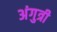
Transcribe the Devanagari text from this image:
अंगुत्री